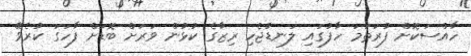
ހާއްސަކޮށް ފުރަތަމަ ހާފުގައި ލަނޑުޖެހި ރިޒާގެ ކުޅުން ވަރަށް ބޮޑަށް ފާހަގަ ކުރެވޭ